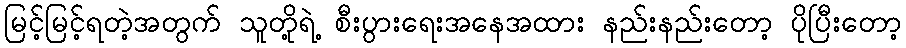
မြင့်မြင့်ရတဲ့အတွက် သူတို့ရဲ့ စီးပွားရေးအနေအထား နည်းနည်းတော့ ပိုပြီးတော့